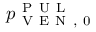
p _ { \mathrm { ~ V ~ E ~ N ~ , ~ 0 ~ } } ^ { \mathrm { ~ P ~ U ~ L ~ } }